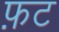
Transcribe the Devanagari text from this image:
फ़ट